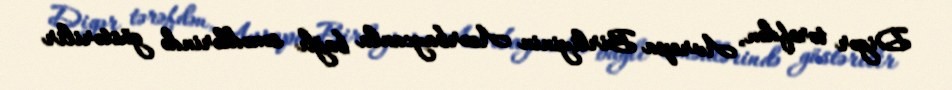
Digər tərəfdən, Avropa Birliyinin Azərbaycanla bağlı sənədlərində göstərilir